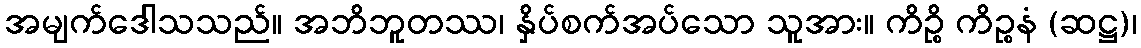
အမျက်ဒေါသသည်။ အဘိဘူတဿ၊ နှိပ်စက်အပ်သော သူအား။ ကိဉ္စိ ကိဉ္စနံ (ဆဋ္ဌ)၊